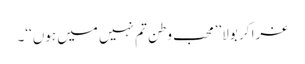
غرا کر بولا’’محب وطن تم نہیں میں ہوں‘‘۔